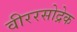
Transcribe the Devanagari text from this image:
वीररसोद्रेक